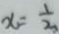
x = \frac { 1 } { 2 }